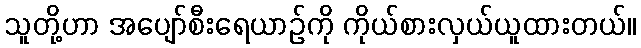
သူတို့ဟာ အပျော်စီးရေယာဉ်ကို ကိုယ်စားလှယ်ယူထားတယ်။